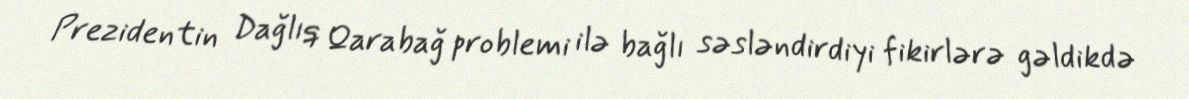
Prezidentin Dağlıq Qarabağ problemi ilə bağlı səsləndirdiyi fikirlərə gəldikdə